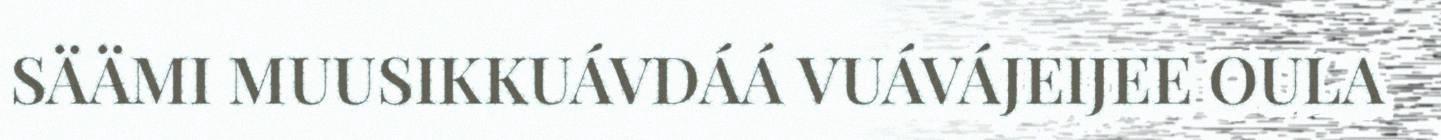
SÄÄMI MUUSIKKUÁVDÁÁ VUÁVÁJEIJEE OULA